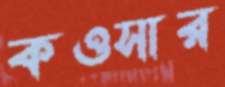
কওসার